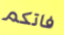
فاتكم